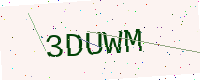
Text: 3DUWM